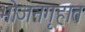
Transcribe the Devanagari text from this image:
भोजनगृहात